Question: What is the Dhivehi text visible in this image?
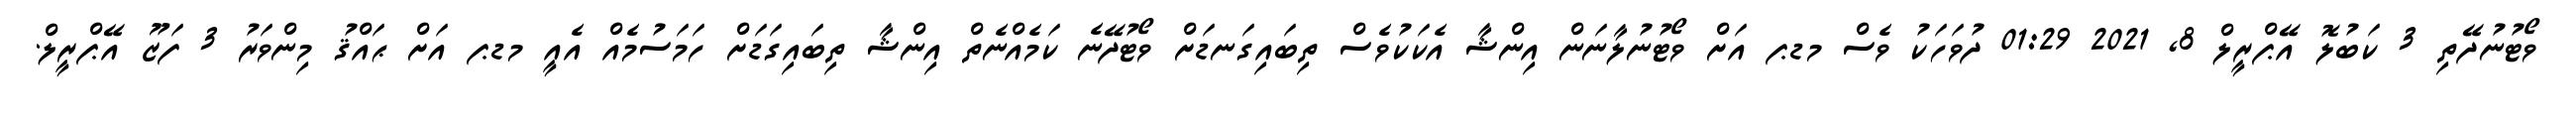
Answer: ވޯޓުނުދޭތި 3 ކަބުލޮ އޭޕްރީލް 8, 2021 01:29 ދުވަހަކު ވެސް މޑޕ އަށް ވޯޓުނުލާނަން އިންޝާ އެކަކުވެސް ތިބައިގަނޑަށް ވޯޓުދޭނެ ކަމެއްނެތް އިންޝާ ތިބައިގަޑަށް ހަމަސުމެއް އެއީ މޑޕ އަށް ޙައްޤު މިންވަރު 3 ފަޒޫ އޭޕްރީލް.